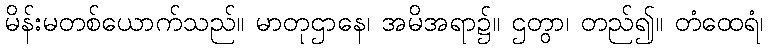
မိန်းမတစ်ယောက်သည်။ မာတုဌာနေ၊ အမိအရာ၌။ ဌတွာ၊ တည်၍။ တံထေရံ၊